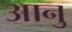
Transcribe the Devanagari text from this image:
आनु